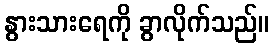
နွားသားရေကို ခွာလိုက်သည်။